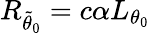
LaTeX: R_{\tilde{\theta}_{0}}=c\alpha L_{\theta_{0}}